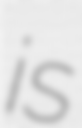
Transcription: is